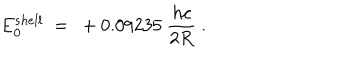
E _ { 0 } ^ { s h e l l } \ = \ + 0 . 0 9 2 3 5 \ \frac { h c } { 2 R } \ .